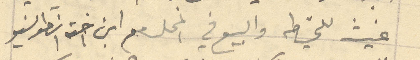
غيث للخياطه والبيع في المحل مع ابن اخته انونيو